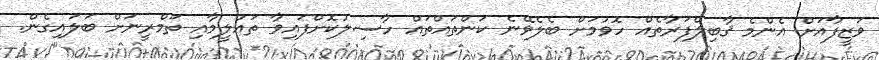
ވަޒީފާއަށް އެންމެ ޤާބިލްފަރާތެއް ހޮވުމަށް ބެލެވޭނެ ކަންތައްތައް ހާސިލުކޮށްފައިވާ ތަޢުލީމާއި ތަމްރީނަށް ބަލައިގެން.